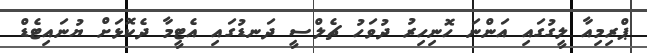
ޕްރިމިއާ ލީގުގައި އަންނަ ހޮނިހިރު ދުވަހު ޗެލްސީ ދަނޑުގައި އެޓީމާ ދެކޮޅަށް ޔުނައިޓެޑް